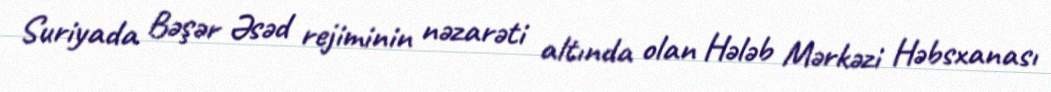
Suriyada Bəşər Əsəd rejiminin nəzarəti altında olan Hələb Mərkəzi Həbsxanası